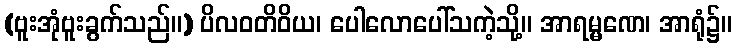
(ဗူးအုံဗူးခွက်သည်။) ပိလဝတိဝိယ၊ ပေါလောပေါ်သကဲ့သို့။ အာရမ္မဏေ၊ အာရုံ၌။